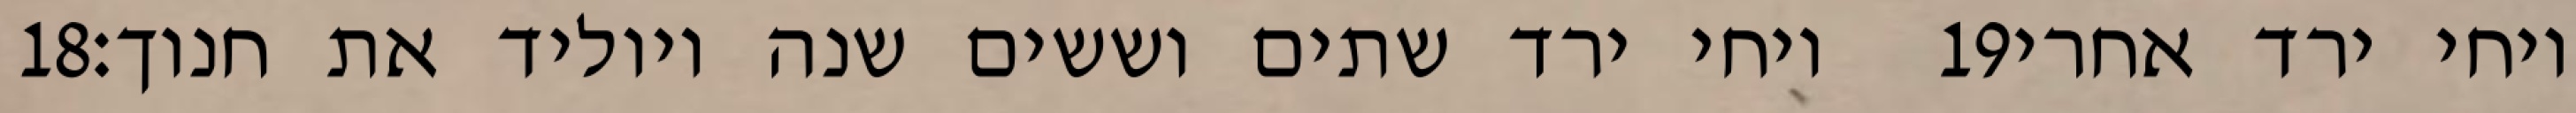
‎18‏ ויחי ירד שתים וששים שנה ויוליד את חנוך׃ ‎19‏ ויחי ירד אחרי